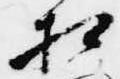
相